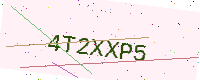
Text: 4T2XXP5